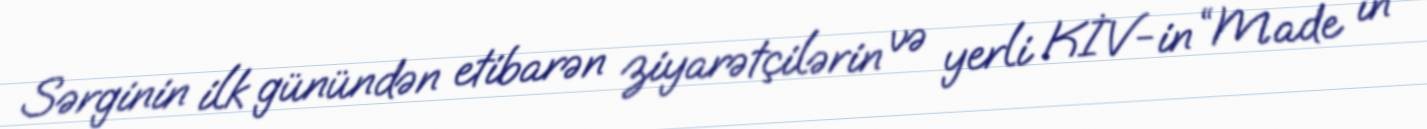
Sərginin ilk günündən etibarən ziyarətçilərin və yerli KİV-in “Made in